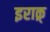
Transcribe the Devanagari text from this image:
इराक़्